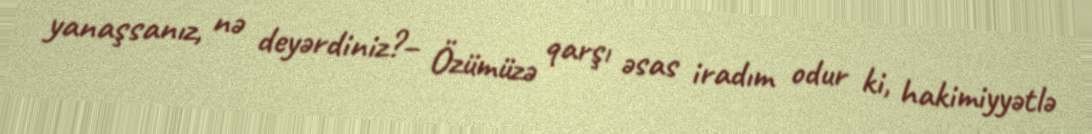
yanaşsanız, nə deyərdiniz?– Özümüzə qarşı əsas iradım odur ki, hakimiyyətlə